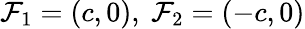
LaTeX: \mathcal{F}_{1}=(c,0),\ \mathcal{F}_{2}=(-c,0)